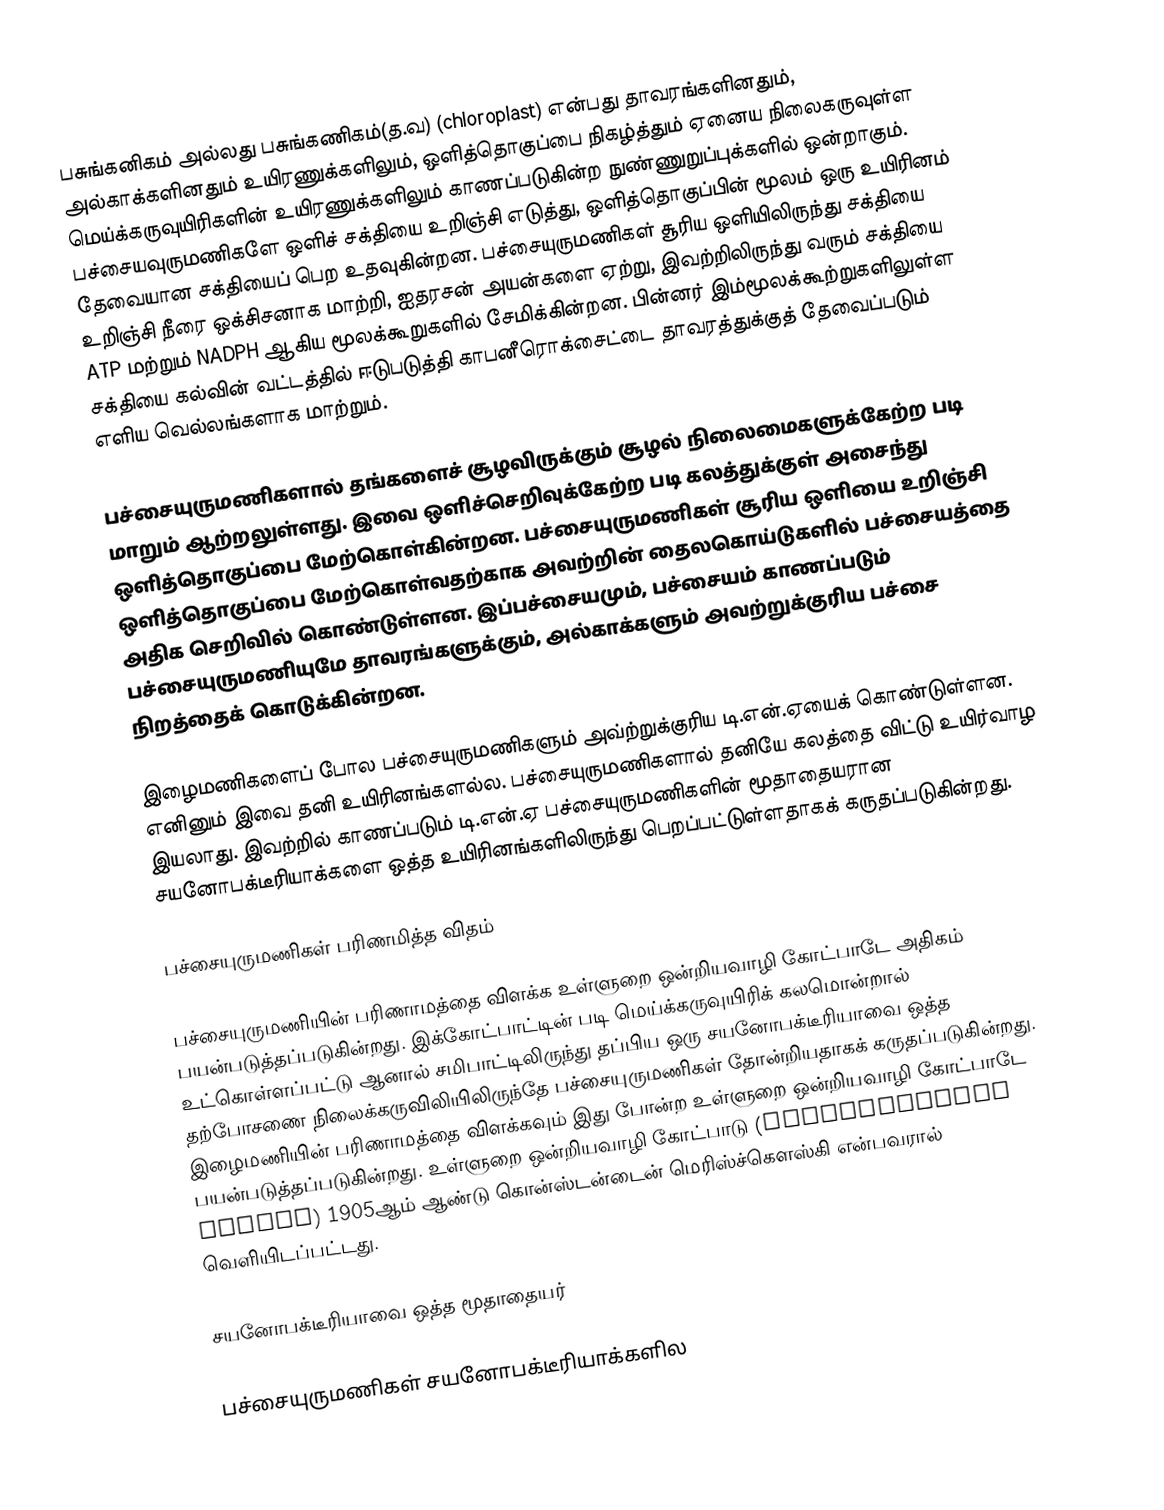
பசுங்கனிகம் அல்லது பசுங்கணிகம்(த.வ) (chloroplast) என்பது தாவரங்களினதும், அல்காக்களினதும்  உயிரணுக்களிலும், ஒளித்தொகுப்பை நிகழ்த்தும் ஏனைய நிலைகருவுள்ள மெய்க்கருவுயிரிகளின் உயிரணுக்களிலும் காணப்படுகின்ற நுண்ணுறுப்புக்களில் ஒன்றாகும். பச்சையவுருமணிகளே ஒளிச் சக்தியை உறிஞ்சி எடுத்து, ஒளித்தொகுப்பின் மூலம் ஒரு உயிரினம் தேவையான சக்தியைப் பெற உதவுகின்றன. பச்சையுருமணிகள் சூரிய ஒளியிலிருந்து சக்தியை உறிஞ்சி நீரை ஒக்சிசனாக மாற்றி, ஐதரசன் அயன்களை ஏற்று, இவற்றிலிருந்து வரும் சக்தியை ATP மற்றும் NADPH ஆகிய மூலக்கூறுகளில் சேமிக்கின்றன. பின்னர் இம்மூலக்கூற்றுகளிலுள்ள சக்தியை கல்வின் வட்டத்தில் ஈடுபடுத்தி காபனீரொக்சைட்டை தாவரத்துக்குத் தேவைப்படும் எளிய வெல்லங்களாக மாற்றும்.

பச்சையுருமணிகளால் தங்களைச் சூழவிருக்கும் சூழல் நிலைமைகளுக்கேற்ற படி மாறும் ஆற்றலுள்ளது. இவை ஒளிச்செறிவுக்கேற்ற படி கலத்துக்குள் அசைந்து ஒளித்தொகுப்பை மேற்கொள்கின்றன. பச்சையுருமணிகள் சூரிய ஒளியை உறிஞ்சி ஒளித்தொகுப்பை மேற்கொள்வதற்காக அவற்றின் தைலகொய்டுகளில் பச்சையத்தை அதிக செறிவில் கொண்டுள்ளன. இப்பச்சையமும், பச்சையம் காணப்படும் பச்சையுருமணியுமே தாவரங்களுக்கும், அல்காக்களும் அவற்றுக்குரிய பச்சை நிறத்தைக் கொடுக்கின்றன.

இழைமணிகளைப் போல பச்சையுருமணிகளும் அவ்ற்றுக்குரிய டி.என்.ஏயைக் கொண்டுள்ளன. எனினும் இவை தனி உயிரினங்களல்ல. பச்சையுருமணிகளால் தனியே கலத்தை விட்டு உயிர்வாழ இயலாது. இவற்றில் காணப்படும் டி.என்.ஏ பச்சையுருமணிகளின் மூதாதையரான சயனோபக்டீரியாக்களை ஒத்த உயிரினங்களிலிருந்து பெறப்பட்டுள்ளதாகக் கருதப்படுகின்றது.

பச்சையுருமணிகள் பரிணமித்த விதம்

பச்சையுருமணியின் பரிணாமத்தை விளக்க உள்ளுறை ஒன்றியவாழி கோட்பாடே அதிகம் பயன்படுத்தப்படுகின்றது. இக்கோட்பாட்டின் படி மெய்க்கருவுயிரிக் கலமொன்றால் உட்கொள்ளப்பட்டு ஆனால் சமிபாட்டிலிருந்து தப்பிய ஒரு சயனோபக்டீரியாவை ஒத்த தற்போசணை நிலைக்கருவிலியிலிருந்தே பச்சையுருமணிகள் தோன்றியதாகக் கருதப்படுகின்றது. இழைமணியின் பரிணாமத்தை விளக்கவும் இது போன்ற உள்ளுறை ஒன்றியவாழி கோட்பாடே பயன்படுத்தப்படுகின்றது. உள்ளுறை ஒன்றியவாழி கோட்பாடு (Endosymbiotic theory) 1905ஆம் ஆண்டு கொன்ஸ்டன்டைன் மெரிஸ்ச்கௌஸ்கி என்பவரால் வெளியிடப்பட்டது.

சயனோபக்டீரியாவை ஒத்த மூதாதையர்

பச்சையுருமணிகள் சயனோபக்டீரியாக்களில